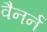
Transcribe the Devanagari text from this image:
वैनर्न